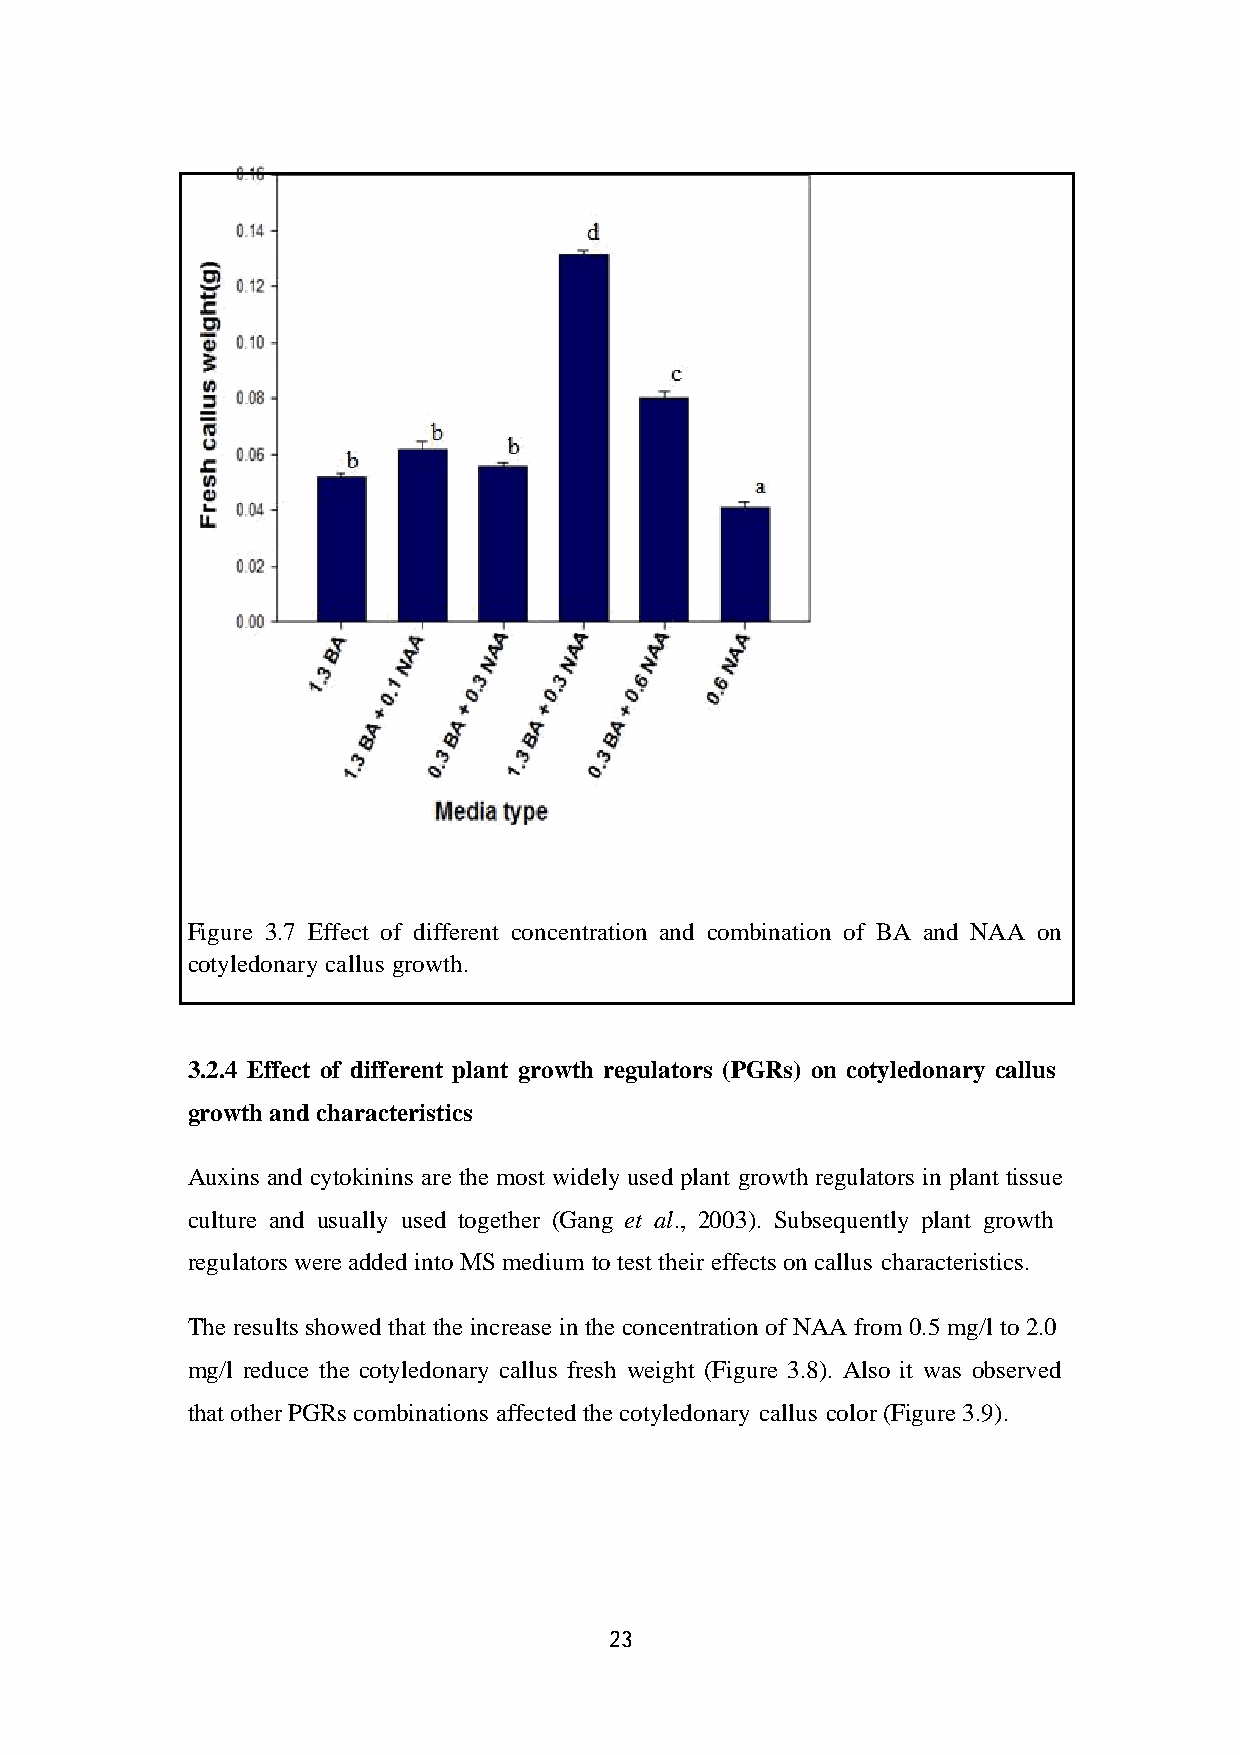
Figure 3.7 Effect of different concentration and combination of BA and NAA on
 cotyledonary callus growth.
 3.2.4 Effect of different plant growth regulators (PGRs) on cotyledonary callus
 growth and characteristics
 Auxins and cytokinins are the most widely used plant growth regulators in plant tissue
 culture and usually used together (Gang et al., 2003). Subsequently plant growth
 regulators were added into MS medium to test their effects on callus characteristics.
 The results showed that the increase in the concentration of NAA from 0.5 mg/l to 2.0
 mg/l reduce the cotyledonary callus fresh weight (Figure 3.8). Also it was observed
 that other PGRs combinations affected the cotyledonary callus color (Figure 3.9).
 23